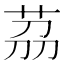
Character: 茘